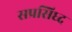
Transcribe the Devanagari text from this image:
सप्रसिध्द